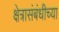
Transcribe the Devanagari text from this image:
क्षेत्रासंबंधीच्या